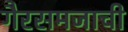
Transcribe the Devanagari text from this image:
गैरसमजाची